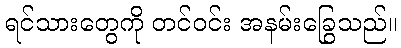
ရင်သားတွေကို တင်ဝင်း အနမ်းခြွေသည်။